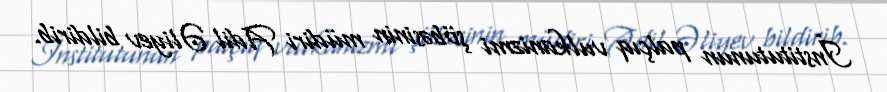
İnstitutunun palçıq vulkanizmi şöbəsinin müdiri Adil Əliyev bildirib.